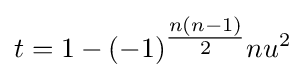
t=1-(-1)^{\tfrac {n(n-1)}{2}}nu^{2}